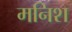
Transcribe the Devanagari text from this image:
मनिश